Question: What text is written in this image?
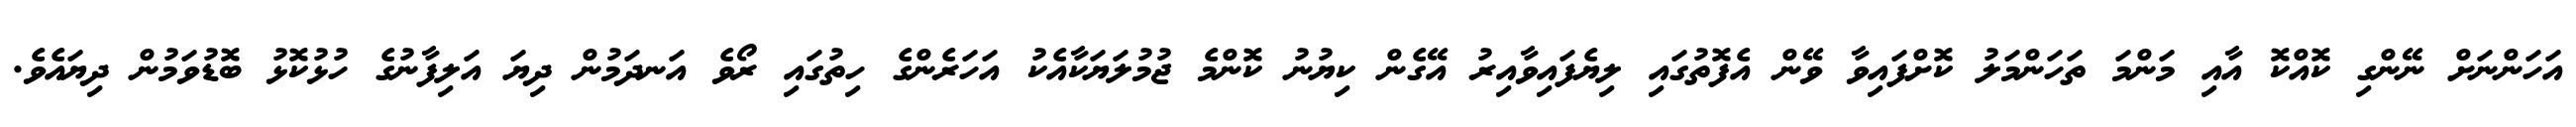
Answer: އަހަންނަށް ނޭންގި ކޮއްކޮ އާއި މަންމަ ތަހަންމަލު ކޮށްފައިވާ ވޭން އެފޮތުގައި ލިޔެފައިވާއިރު އޭގެން ކިޔުނު ކޮންމެ ޖުމުލަޔަކާއެކު އަހަރެންގެ ހިތުގައި ރޯވެ އަނދަމުން ދިޔަ އަލިފާނުގެ ހުޅުކޮޅު ބޮޑުވަމުން ދިޔައެވެ.